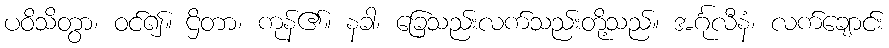
ပဝိသိတွာ၊ ဝင်၍။ ဌိတာ၊ ကုန်၏။ နခါ၊ ခြေသည်းလက်သည်းတို့သည်။ အင်္ဂုလီနံ၊ လက်ချောင်း